Civil Veterinary Department Bihar & Orissa reports 1922-29 - 1922-1929
Year: 1922
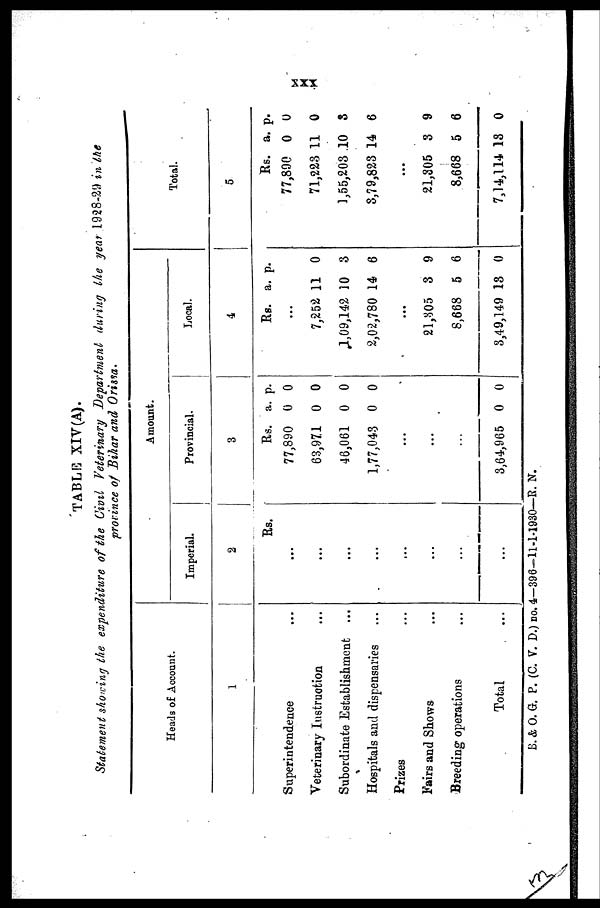
xxx
TABLE XIV(A).
Statement showing the expenditure of the Civil Veterinary Department during the year 1928-29 in the
province of Bihar and Orissa.
Heads of Account.
1
Superintendence
Veterinary Instruction
Subordinate Establishment ...
Hospitals and dispensaries
Prizes
Fairs and Shows
Breeding operations
Total
Amount.
Imperial.
2
Rs.
...
...
...
...
...
...
...
...
Provincial.
3
Rs.
77,890
63,971
46,061
1,77,043
...
...
3,64,965
a.
0
0
0
0
0
p.
0
0
0
0
0
Local.
4
Rs.
...
7,252
1,09,142
2,02,780
...
21,305
8,668
3,49,149
a.
11
10
14
3
5
13
p.
0
3
6
9
6
0
Total.
5
Rs.
77,890
71,223
1,55,203
3,79,823
...
21,305
8,668
7,14,114
a.
0
11
10
14
3
5
18
p.
0
0
3
6
9
6
0
B.& O. G. P. (C. V. D.) no, 4-396-11-1-1930—R. N.